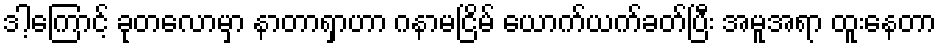
ဒါ့ကြောင့် ခုတလောမှာ နာတာရှာဟာ ဂနာမငြိမ် ယောက်ယက်ခတ်ပြီး အမူအရာ ထူးနေတာ